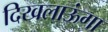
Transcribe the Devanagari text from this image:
दिखलाऊंगा